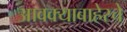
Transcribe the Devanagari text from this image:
आवक्याबाहेरचे